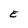
Character: E